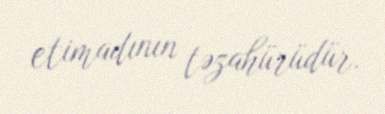
etimadının təzahürüdür.